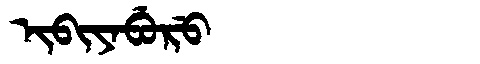
Manchu: ᡳᠪᡳᠶᠠᠪᡠᡵᡠ
Romanization: IBIYABURU